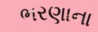
ભરણાના